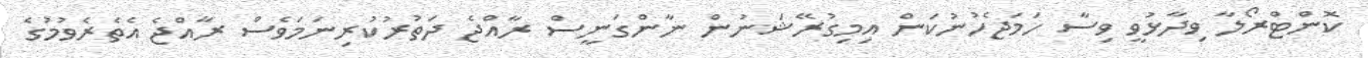
ކޮންޓްރޯލާ ވިދާޅުވީ ވިސާ ހަމަޖެހުނުކަން އިމިގުރޭޝަނުން ނާންގަނީސް ރާއްޖެ ދަތުރުކުރިނަމަވެސް ރާއްޖެ އެތެރެވުމުގެ